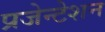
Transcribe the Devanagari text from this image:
प्रजेन्टेशन